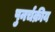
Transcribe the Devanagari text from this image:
पुनर्चक्रीय